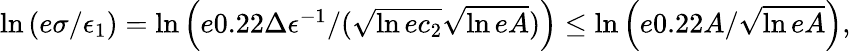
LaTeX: \begin{array}{r}{\ln\left(e\sigma/\epsilon_{1}\right)=\ln\left(e0.22\Delta\epsilon^{-1}/(\sqrt{\ln{ec_{2}}}\sqrt{\ln{eA}})\right)\le\ln\left(e0.22A/\sqrt{\ln{eA}}\right),}\end{array}